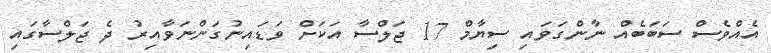
އެއްވެސް ސަބަބެއް ނާންގަވައި ސިޔާމް 17 ޖަލްސާ އަކަށް ވަޑައިނުގަންނަވާއިރު ދެ ޖަލްސާގައި